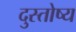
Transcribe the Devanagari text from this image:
दुस्तोष्य